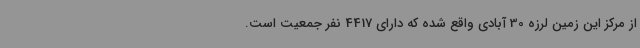
از مرکز این زمین لرزه 30 آبادی واقع شده که دارای 4417 نفر جمعیت است.